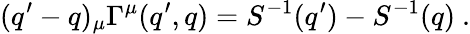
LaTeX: (q^{\prime}-q)_{\mu}\Gamma^{\mu}(q^{\prime},q)=S^{-1}(q^{\prime})-S^{-1}(q)~.